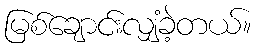
မြစ်ချောင်းလျှံခဲ့တယ်။